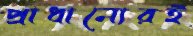
প্রাধান্যেরই